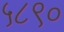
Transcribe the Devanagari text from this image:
५८९०